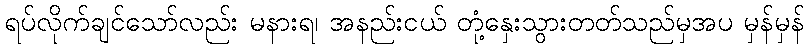
ရပ်လိုက်ချင်သော်လည်း မနားရ၊ အနည်းငယ် တုံ့နှေးသွားတတ်သည်မှအပ မှန်မှန်